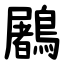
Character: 鷵